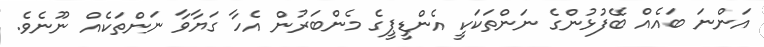
އަންނަ ބައެެއް ބޭފުޅުންގެ ނަންތަކަކީ އެންޑީޕީގެ މެންބަރުން އެހާ ގަޔާވާ ނަންތަކެއް ނޫނެވެ.